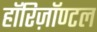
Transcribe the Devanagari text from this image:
हॉरिज़ॉण्टल